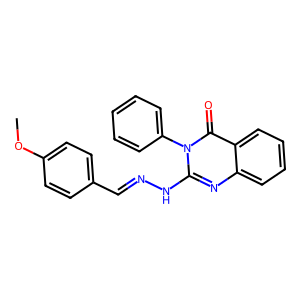
SMILES: COc1ccc(C=NNc2nc3ccccc3c(=O)n2-c2ccccc2)cc1
Inhibits HIV replication: No